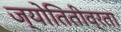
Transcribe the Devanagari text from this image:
ज्योतितीव्रता